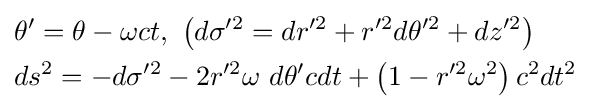
{\begin{aligned}&\theta '=\theta -\omega ct,\ \left(d\sigma ^{\prime 2}=dr^{\prime 2}+r^{\prime 2}d\theta ^{\prime 2}+dz^{\prime 2}\right)\\&ds^{2}=-d\sigma ^{\prime 2}-2r^{\prime 2}\omega \ d\theta 'cdt+\left(1-r^{\prime 2}\omega ^{2}\right)c^{2}dt^{2}\end{aligned}}